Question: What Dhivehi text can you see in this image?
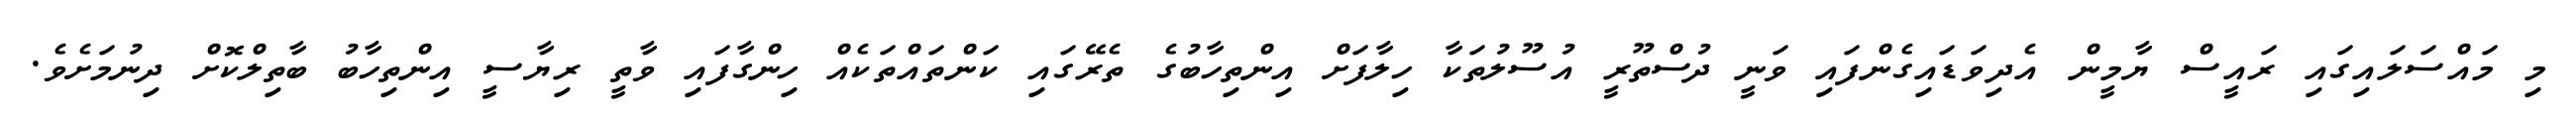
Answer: މި މައްސަލައިގައި ރައީސް ޔާމީން އެދިވަޑައިގެންފައި ވަނީ ދުސްތޫރީ އުސޫލުތަކާ ހިލާފަށް އިންތިހާބުގެ ތެރޭގައި ކަންތައްތަކެއް ހިންގާފައި ވާތީ ރިޔާސީ އިންތިހާބު ބާތިލްކޮށް ދިނުމަށެވެ.